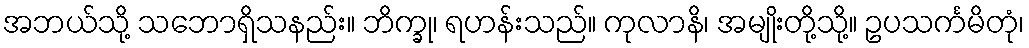
အဘယ်သို့ သဘောရှိသနည်း။ ဘိက္ခု၊ ရဟန်းသည်။ ကုလာနိ၊ အမျိုးတို့သို့။ ဥပသင်္ကမိတုံ၊